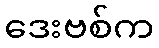
ဒေးဗစ်က